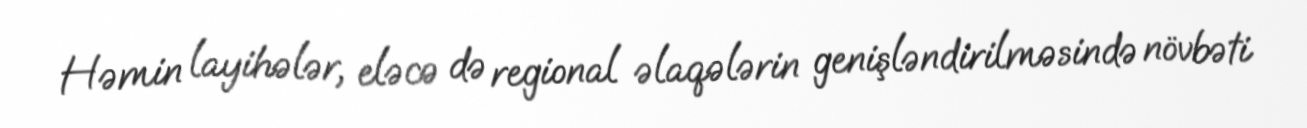
Həmin layihələr, eləcə də regional əlaqələrin genişləndirilməsində növbəti